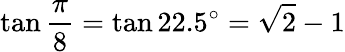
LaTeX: \tan{\frac{\pi}{8}}=\tan 22.5^{\circ}={\sqrt{2}}-1